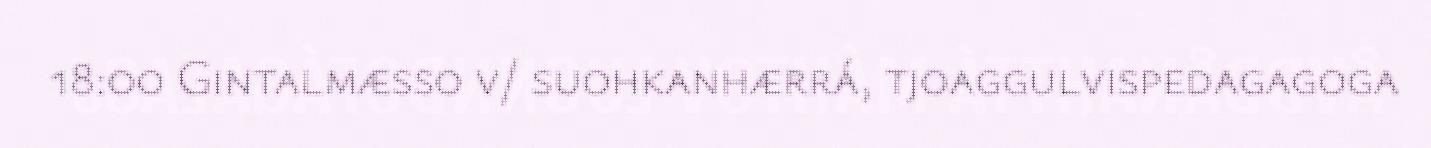
18:00 Gintalmæsso v/ suohkanhærrá, tjoaggulvispedagagoga